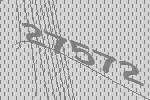
27572